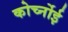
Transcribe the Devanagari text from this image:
कोर्च्नोई